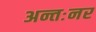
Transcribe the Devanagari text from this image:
अन्तःनर